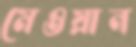
মেওয়ান